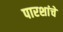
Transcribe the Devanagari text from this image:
पारशांचे